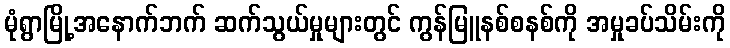
မုံရွာမြို့အနောက်ဘက် ဆက်သွယ်မှုများတွင် ကွန်မြူနစ်စနစ်ကို အမှုခပ်သိမ်းကို